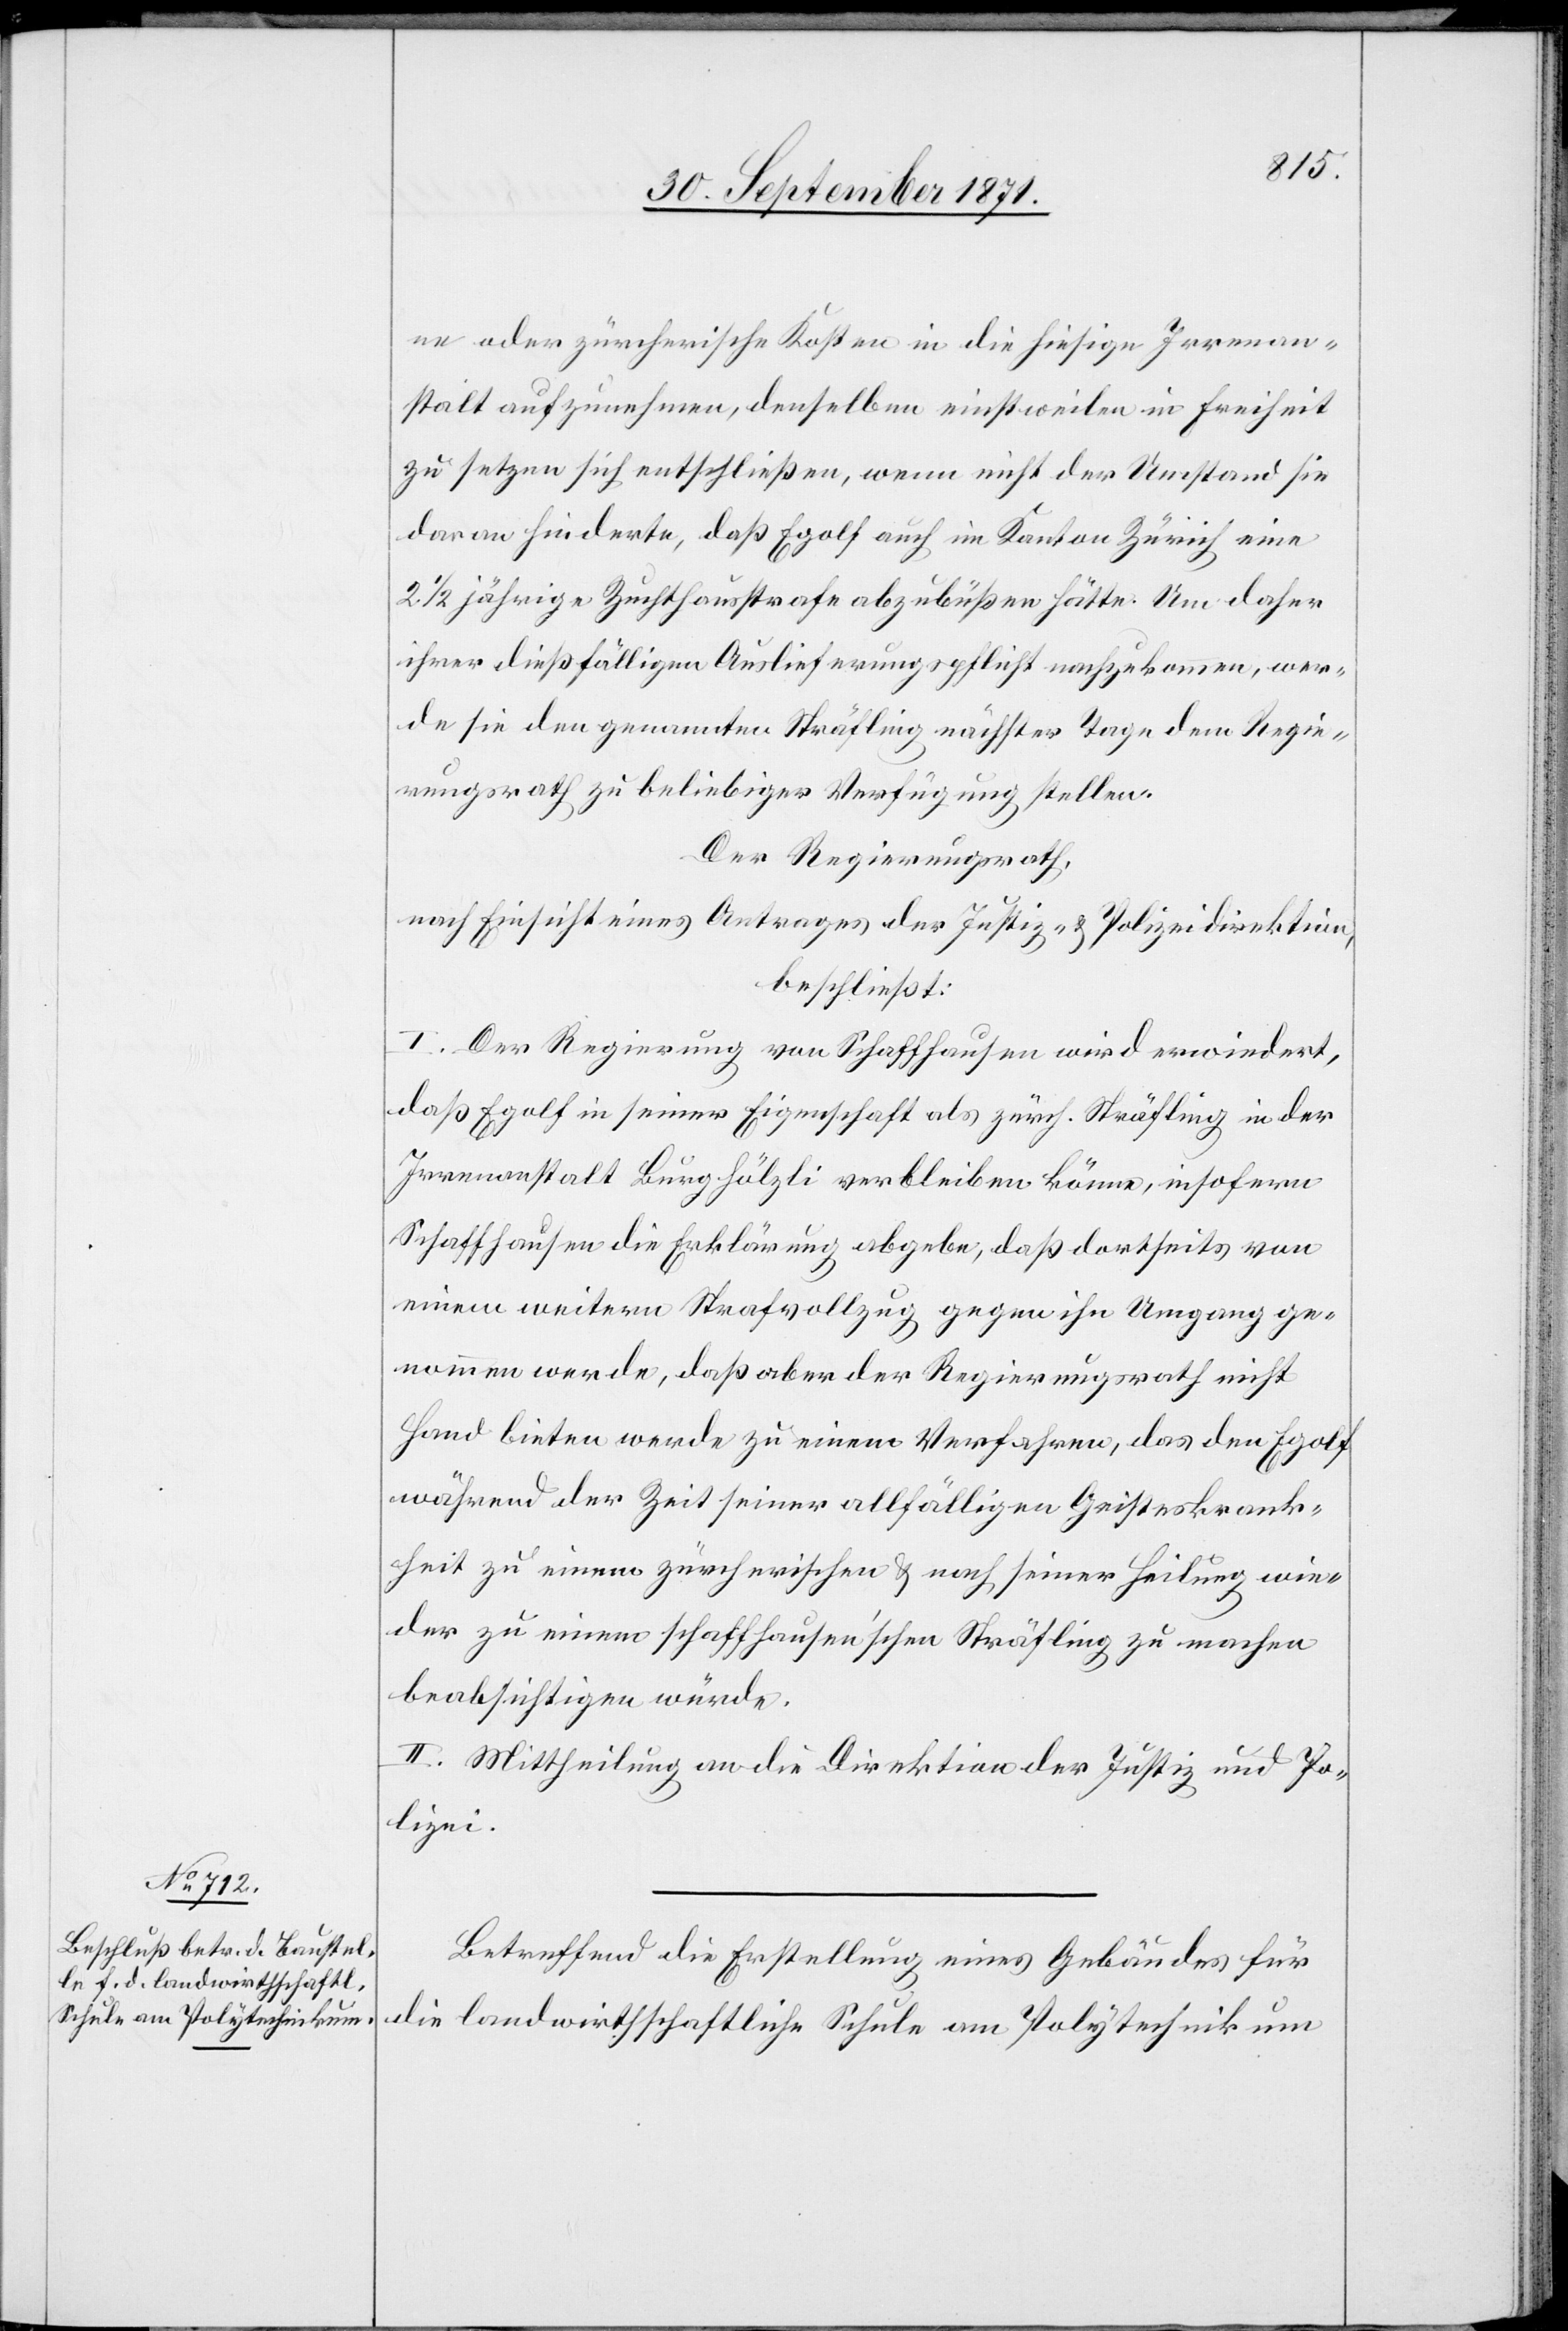
ne oder zürcherische Kosten in die hiesige Irrenan¬
stalt aufzunehmen, denselben einstweilen in Freiheit
zu setzen sich entschließen, wenn nicht der Umstand sie
daran hinderte, daß Egolf auch im Kanton Zürich eine
2 1/2 jährige Zuchthausstrafe abzubüßen hätte. Um daher
ihrer dießfälligen Auslieferungspflicht nachzukommen, wer¬
de sie den genannten Sträfling nächster Tage dem Regie¬
rungsrath zu beliebiger Verfügung stellen.
Der Regierungsrath,
nach Einsicht eines Antrages der Justiz- & Polizeidirektion,
beschließt:
I. Der Regierung von Schaffhausen wird erwiedert,
daß Egolf in seiner Eigenschaft als zürch. Sträfling in der
Irrenanstalt Burghölzli verbleiben könne, insofern
Schaffhausen die Erklärung abgebe, daß dortseits von
einem weitern Strafvollzug gegen ihn Umgang ge¬
nommen werde, daß aber der Regierungsrath nicht
Hand bieten werde zu einem Verfahren, das den Egolf
während der Zeit seiner allfälligen Geiseskrank¬
heit zu einem zürcherischen & nach seiner Heilung wie¬
der zu einem Schaffhausen’schen Sträfling zu machen
beabsichtigen würde.
II. Mittheilung an die Direktion der Justiz und Po¬
lizei.
Betreffend die Erstellung eines Gebäudes für
die landwirthschaftliche Schule am Polytechnikum